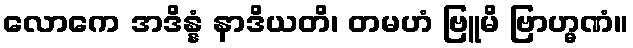
လောကေ အဒိန္နံ နာဒိယတိ၊ တမဟံ ဗြူမိ ဗြာဟ္မဏံ။